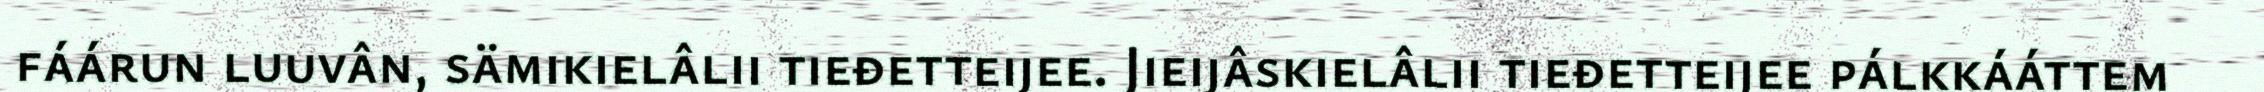
fáárun luuvân, sämikielâlii tieđetteijee. Jieijâskielâlii tieđetteijee pálkkááttem